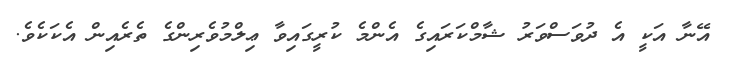
އޭނާ އަކީ އެ ދުވަސްވަރު ޝާމްކަރައިގެ އެންމެ ކުރީގައިވާ ޢިލްމުވެރިންގެ ތެރެއިން އެކަކެވެ.